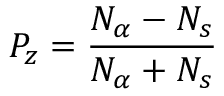
P _ { z } = \frac { N _ { \alpha } - N _ { s } } { N _ { \alpha } + N _ { s } }